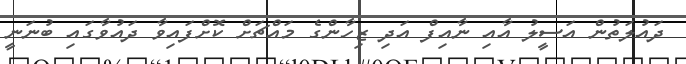
ދައުލަތުން އަސީލު އާއި ނާއިފް އަދި ޒިހާންގެ މައްޗަށް ކޮށްފައިވާ ދައުވާގައި ބުނަނީ